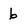
Character: b